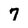
Character: 7